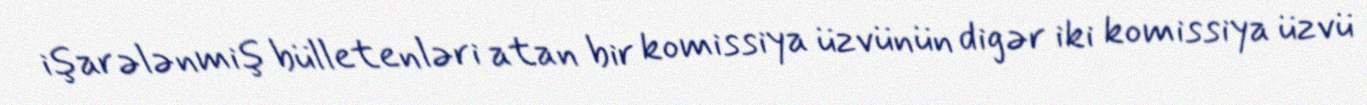
işarələnmiş bülletenləri atan bir komissiya üzvünün digər iki komissiya üzvü